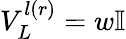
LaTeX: V_{L}^{l(r)}=w\mathbb{I}